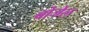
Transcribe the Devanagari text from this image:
बोजेल